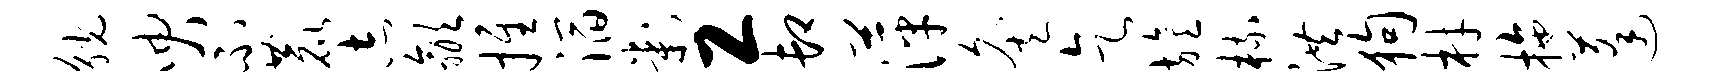
觥臾不鹿志歙推滔判工卸萍灸乞旌梳洪狗材拖蓬